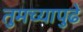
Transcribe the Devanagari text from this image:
तुमच्यापुढे